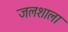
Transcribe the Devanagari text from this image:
जलशाला